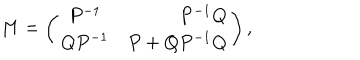
M = \left( \begin{array} { c r c } { { P ^ { - 1 } } } & { { P ^ { - 1 } Q } } \\ { { Q P ^ { - 1 } } } & { { P + Q P ^ { - 1 } Q } } \\ \end{array} \right) ,